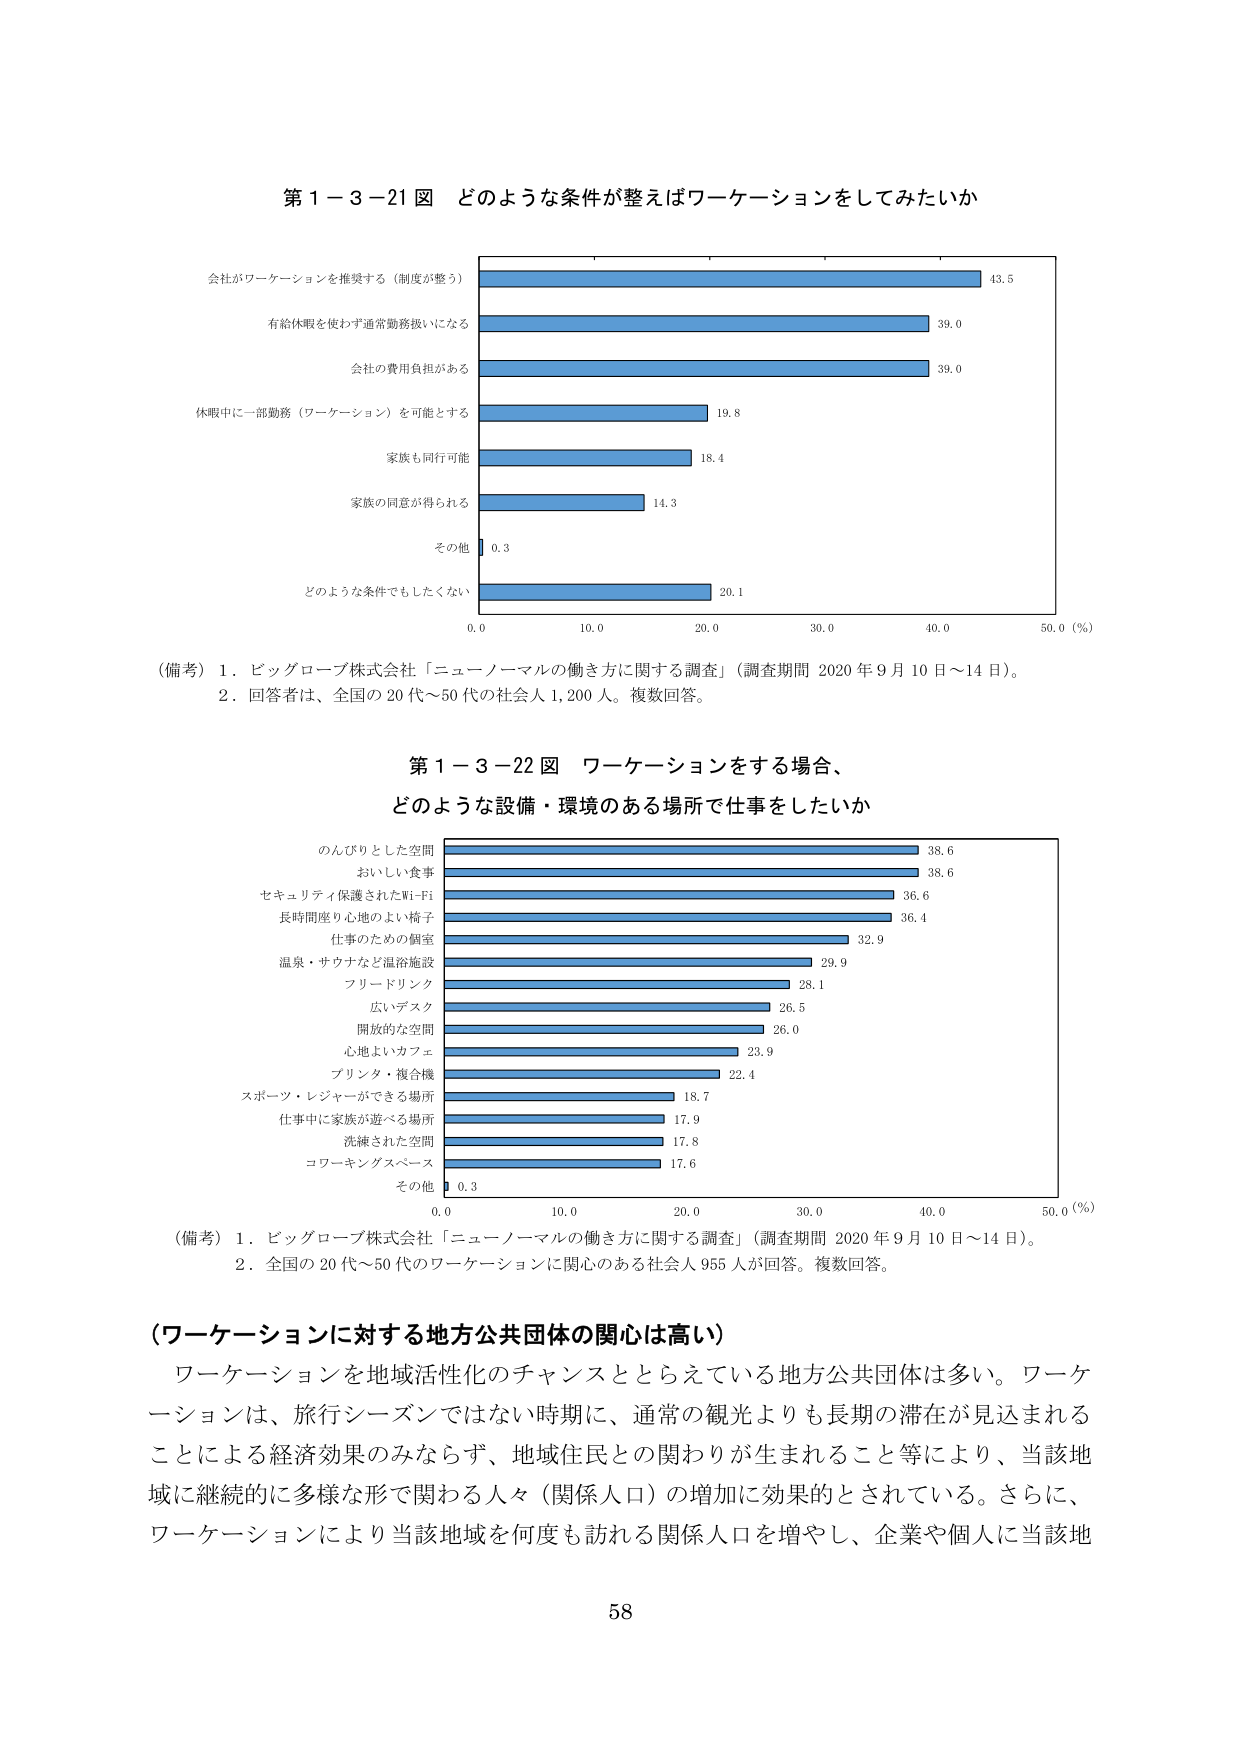
第１－３－21図 どのような条件が整えばワーケーションをしてみたいか

会社がワーケーションを推奨する（制度が整う） 43.5
有給休暇を使わず通常勤務扱いになる 39.0
会社の費用負担がある 39.0
休暇中に一部勤務（ワーケーション）を可能とする 19.8
家族も同行可能 18.4
家族の同意が得られる 14.3
その他 0.3
どのような条件でもしたくない 20.1

0.0 10.0 20.0 30.0 40.0 50.0（％）

（備考）１．ビッグローブ株式会社「ニューノーマルの働き方に関する調査」（調査期間 2020年9月10日～14日）。
　　　２．回答者は、全国の20代～50代の社会人1,200人。複数回答。

第１－３－22図 ワーケーションをする場合、
どのような設備・環境のある場所で仕事をしたいか

のんびりとした空間 38.6
おいしい食事 38.6
セキュリティ保護されたWi-Fi 36.6
長時間座り心地のよい椅子 36.4
仕事のための個室 32.9
温泉・サウナなど温浴施設 29.9
フリードリンク 28.1
広いデスク 26.5
開放的な空間 26.0
心地よいカフェ 23.9
プリンタ・複合機 22.4
スポーツ・レジャーができる場所 18.7
仕事中に家族が遊べる場所 17.9
洗練された空間 17.8
コワーキングスペース 17.6
その他 0.3

0.0 10.0 20.0 30.0 40.0 50.0（％）

（備考）１．ビッグローブ株式会社「ニューノーマルの働き方に関する調査」（調査期間 2020年9月10日～14日）。
　　　２．全国の20代～50代のワーケーションに関心のある社会人955人が回答。複数回答。

（ワーケーションに対する地方公共団体の関心は高い）

ワーケーションを地域活性化のチャンスととらえている地方公共団体は多い。ワーケーションは、旅行シーズンではない時期に、通常の観光よりも長期の滞在が見込まれることによる経済効果のみならず、地域住民との関わりが生まれること等により、当該地域に継続的に多様な形で関わる人々（関係人口）の増加に効果的とされている。さらに、ワーケーションにより当該地域を何度も訪れる関係人口を増やし、企業や個人に当該地

58